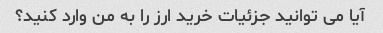
آیا می توانید جزئیات خرید ارز را به من وارد کنید؟